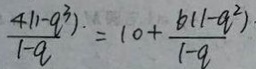
\frac { 4 ( 1 - q ^ { 3 } ) . } { 1 - q } = 1 0 + \frac { b ( 1 - a ^ { 2 } ) } { 1 - q }